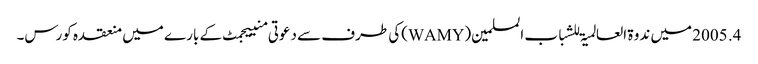
4. 2005 میں ندوۃ العالمیۃ للشباب المسلمین(WAMY)کی طرف سے دعوتی منییجمٹ کے بارے میں منعقدہ کورس۔